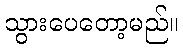
သွားပေတော့မည်။